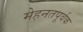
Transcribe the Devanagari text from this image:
मेहनतपूर्वक